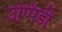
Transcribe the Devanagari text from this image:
उप्पिंडी